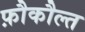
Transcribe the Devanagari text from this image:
फ़ौकौल्त